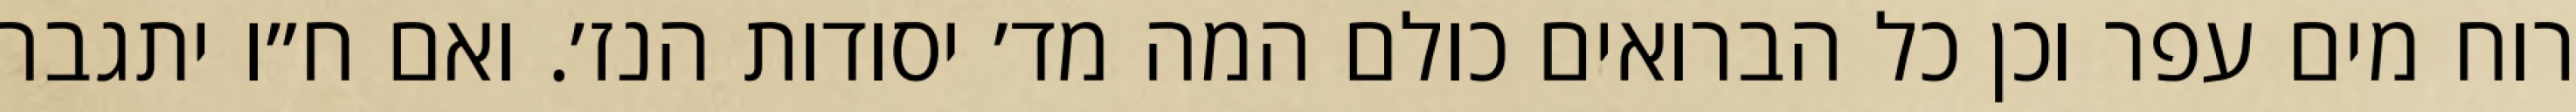
רוח מים עפר וכן כל הברואים כולם המה מד׳ יסודות הנז׳. ואם ח״ו יתגבר